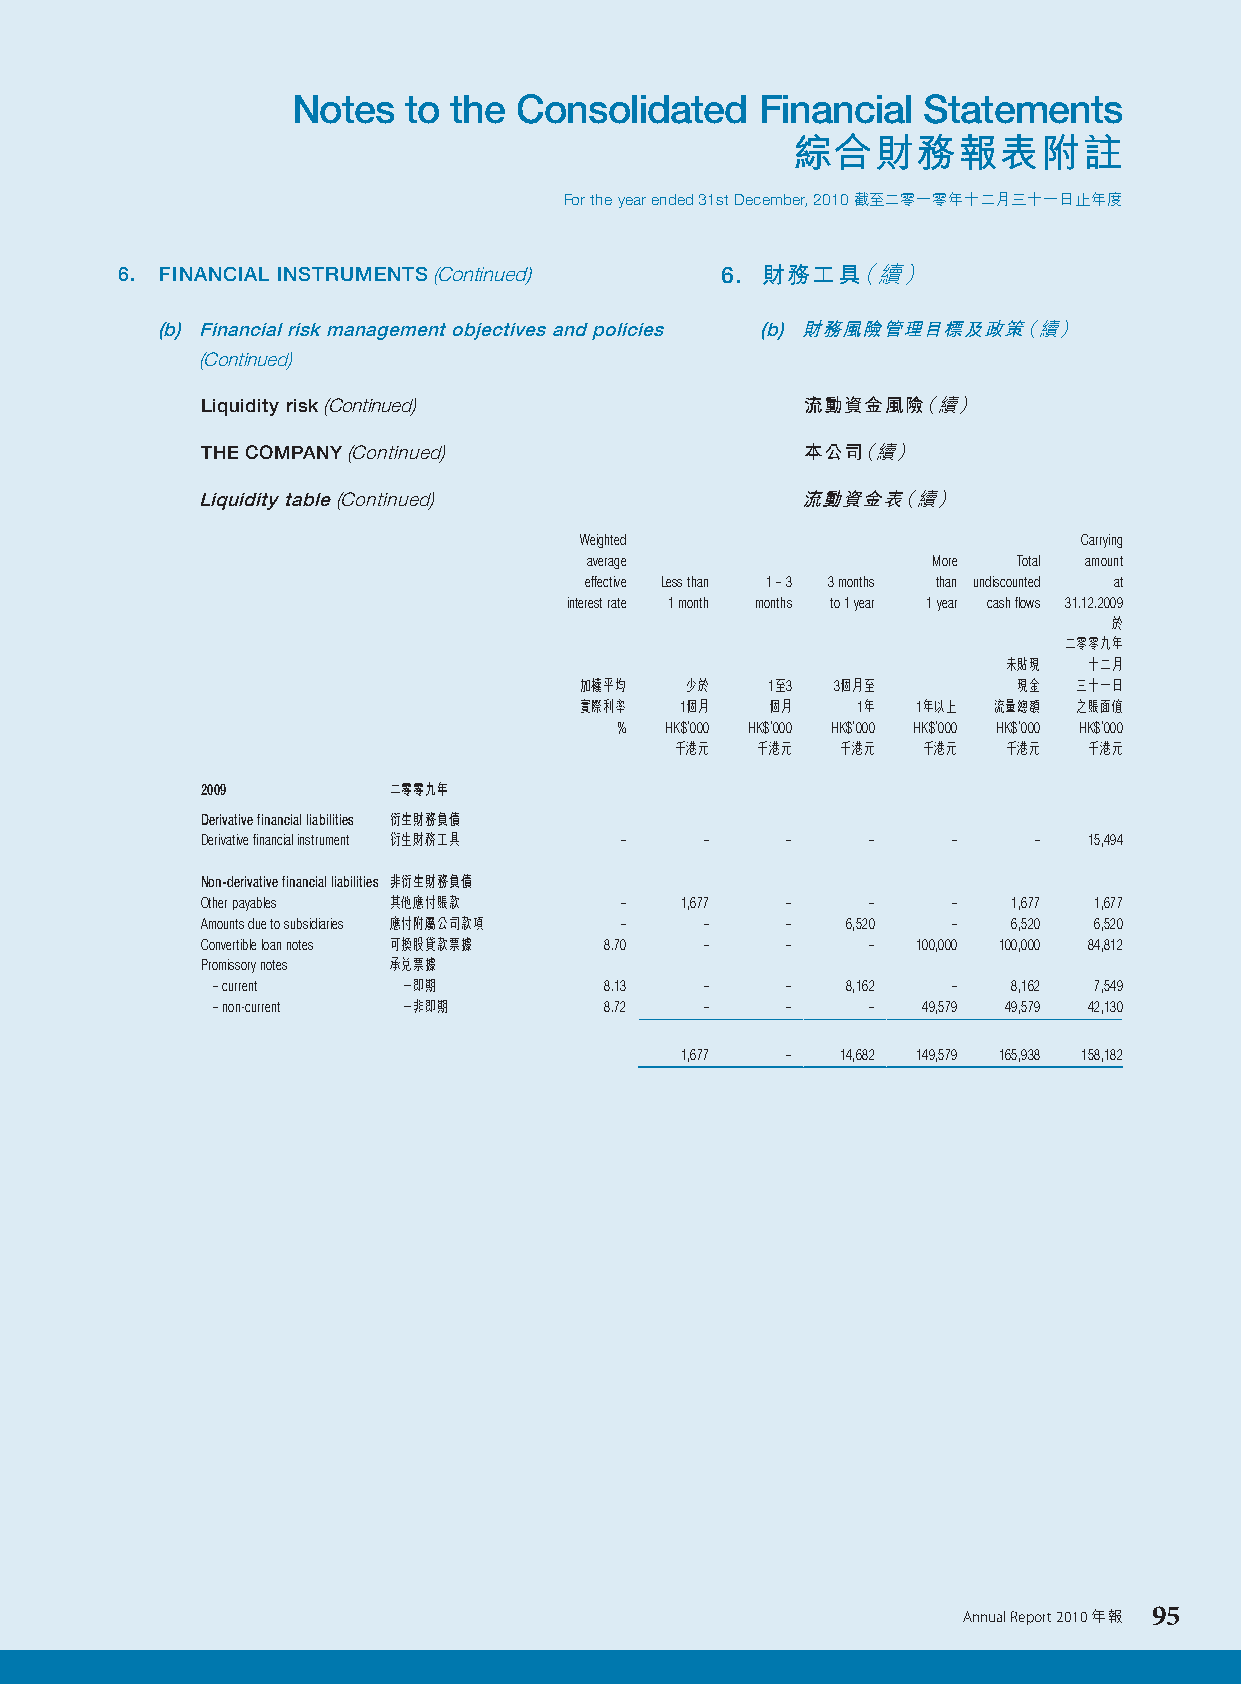
Notes   to the Consolidated    Financial  Statements
 綜合財務報表附註
 For the year ended 31st December, 2010 截至二零一零年十二月三十一日止年度
 6. FINANCIAL INSTRUMENTS (Continued)    6. 財務工具（續）
 (b) Financial risk management objectives and policies (b) 財務風險管理目標及政策（續）
 (Continued)
 Liquidity risk (Continued)              流動資金風險（續）
 THE COMPANY (Continued)                 本公司（續）
 Liquidity table (Continued)             流動資金表（續）
 Weighted                          Carrying
 average                More Total amount
 effective Less than 1 – 3 3 months than undiscounted at
 interest rate 1 month months to 1 year 1 year cash flows 31.12.2009
 於
 二零零九年
 未貼現  十二月
 加權平均   少於    1至3 3個月至        現金  三十一日
 實際利率   1個月   個月    1年  1年以上 流量總額 之賬面值
 %  HK$’000 HK$’000 HK$’000 HK$’000 HK$’000 HK$’000
 千港元  千港元   千港元  千港元   千港元  千港元
 2009         二零零九年
 Derivative financial liabilities 衍生財務負債
 Derivative financial instrument 衍生財務工具 – – – –    –    –   15,494
 Non-derivative financial liabilities 非衍生財務負債
 Other payables 其他應付賬款       –   1,677  –     –    –   1,677 1,677
 Amounts due to subsidiaries 應付附屬公司款項 – – – 6,520  –   6,520 6,520
 Convertible loan notes 可換股貸款票據 8.70 –  –     –  100,000 100,000 84,812
 Promissory notes 承兌票據
 – current    －即期          8.13   –    –   8,162  –   8,162 7,549
 – non-current －非即期        8.72   –    –     –  49,579 49,579 42,130
 1,677  –   14,682 149,579 165,938 158,182
 Annual Report 2010 年報 95